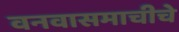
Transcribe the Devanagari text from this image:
वनवासमाचीचे